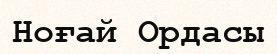
Ноғай Ордасы